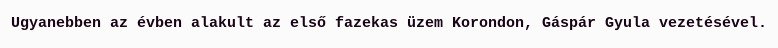
Ugyanebben az évben alakult az első fazekas üzem Korondon, Gáspár Gyula vezetésével.